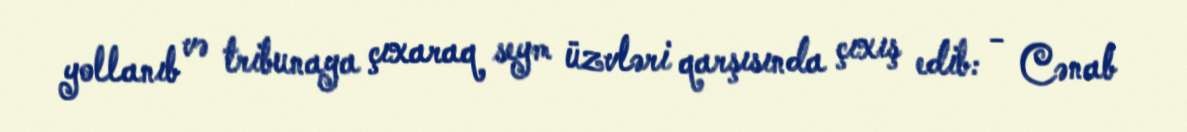
yollanıb və tribunaya çıxaraq seym üzvləri qarşısında çıxış edib: - Cənab